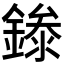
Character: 𬫾